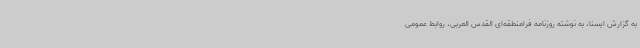
به گزارش ایسنا، به نوشته روزنامه فرامنطقه‌ای القدس العربی، روابط عمومی